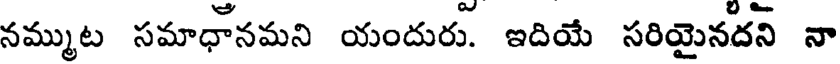
నమ్ముట సమాధానమని యందురు. ఇదియే సరియైనదని నా